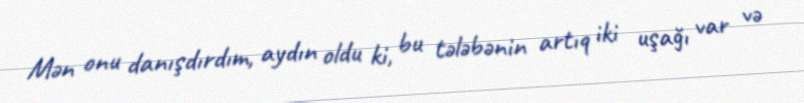
Mən onu danışdırdım, aydın oldu ki, bu tələbənin artıq iki uşağı var və